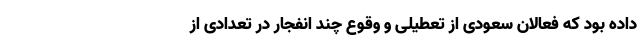
داده بود که فعالان سعودی از تعطیلی و وقوع چند انفجار در تعدادی از